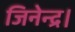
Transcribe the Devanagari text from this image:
जिनेन्द्र।